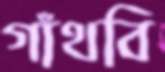
গাঁথবি